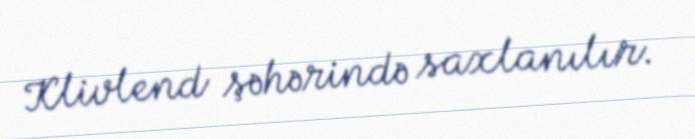
Klivlend şəhərində saxlanılır.